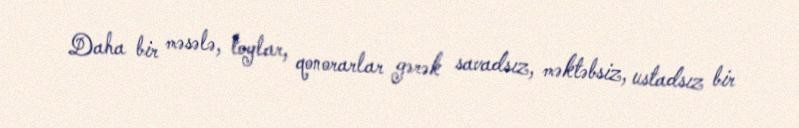
Daha bir məsələ, toylar, qonorarlar gərək savadsız, məktəbsiz, ustadsız bir